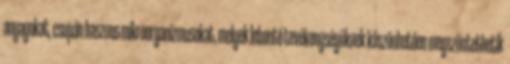
anyagokat, csupán hasznos mikroorganizmusokat, melyek lebontó tevékenységüknek köszönhetően megszüntethetik